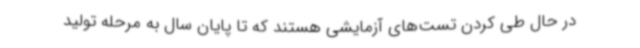
در حال طی کردن تست‌های آزمایشی هستند که تا پایان سال به مرحله تولید